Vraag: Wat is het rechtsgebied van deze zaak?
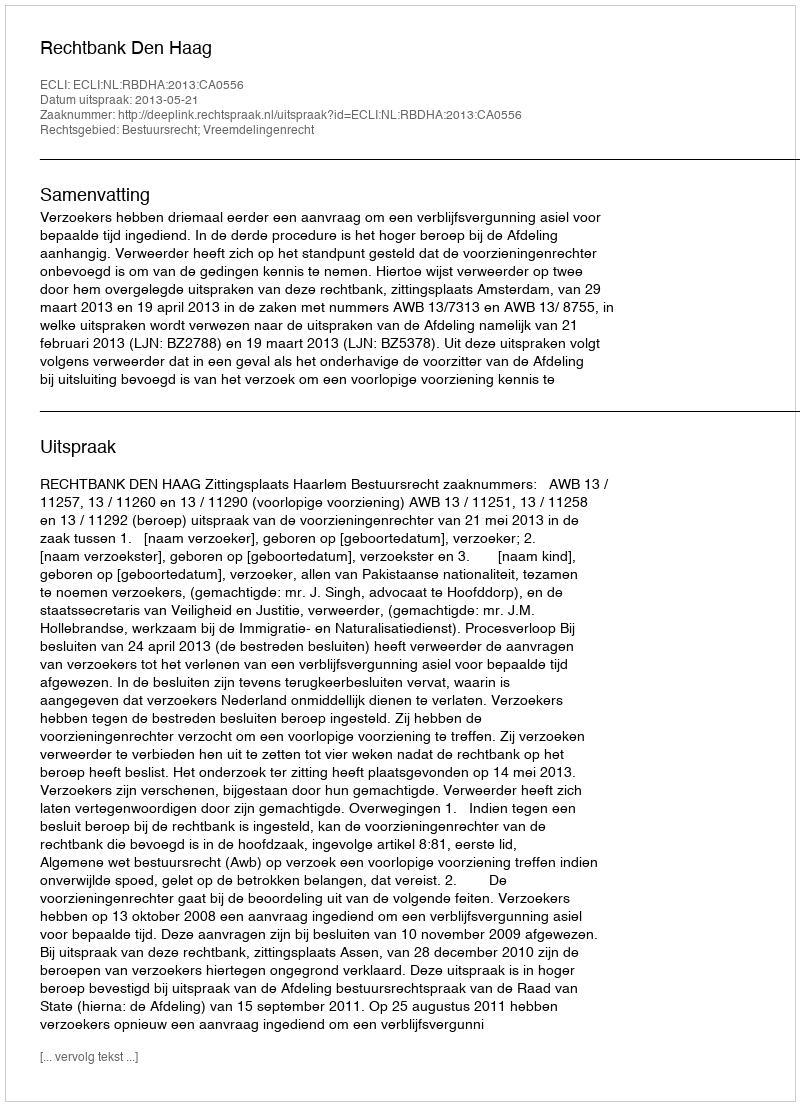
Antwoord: Bestuursrecht; Vreemdelingenrecht